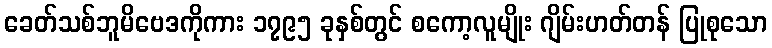
ခေတ်သစ်ဘူမိဗေဒကိုကား ၁၇၉၅ ခုနှစ်တွင် စကော့လူမျိုး ဂျိမ်းဟတ်တန် ပြုစုသော